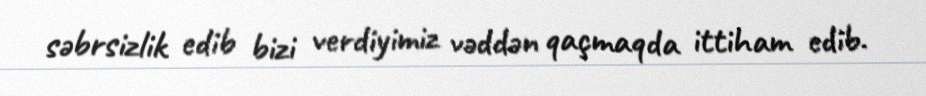
səbrsizlik edib bizi verdiyimiz vəddən qaçmaqda ittiham edib.